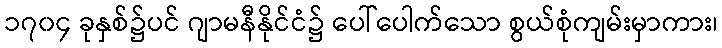
၁၇၀၄ ခုနှစ်၌ပင် ဂျာမနီနိုင်ငံ၌ ပေါ်ပေါက်သော စွယ်စုံကျမ်းမှာကား၊